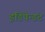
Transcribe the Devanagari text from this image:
इंडिपेन्डंट